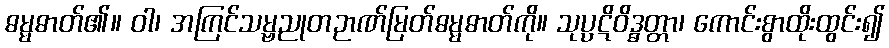
ဓမ္မဓာတ်၏။ ဝါ၊ အကြင်သမ္ဗညုတဉာဏ်မြတ်ဓမ္မဓာတ်ကို။ သုပ္ပဋိဝိဒ္ဓတ္တာ၊ ကောင်းစွာထိုးထွင်း၍